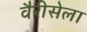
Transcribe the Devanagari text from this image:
वैरीसेला